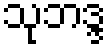
သုဘဒ္ဒ